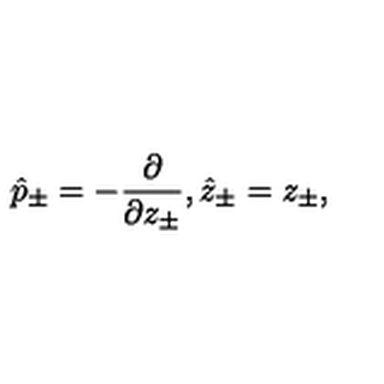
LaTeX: \hat { p } _ { \pm } = - \frac { \partial } { \partial z _ { \pm } } , \hat { z } _ { \pm } = z _ { \pm } ,